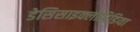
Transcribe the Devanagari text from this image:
डेसिसाइक्लोपिडिया